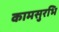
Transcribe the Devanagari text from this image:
कामसुरभि